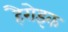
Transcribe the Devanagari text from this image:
हैरोइक